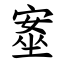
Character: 㝧